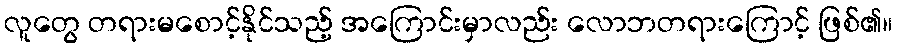
လူတွေ တရားမစောင့်နိုင်သည့် အကြောင်းမှာလည်း လောဘတရားကြောင့် ဖြစ်၏။